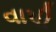
વાપી